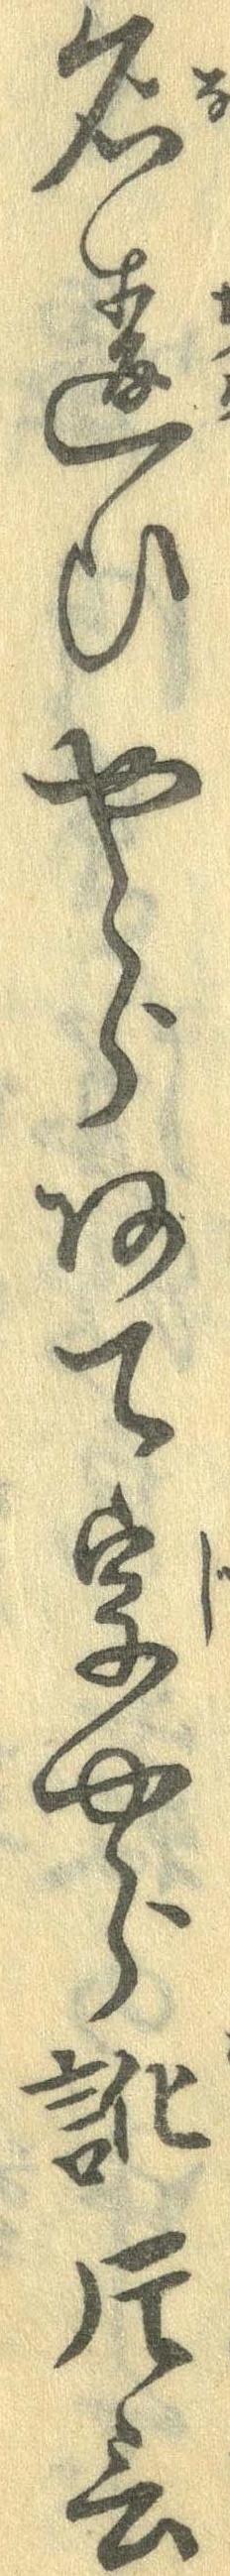
名違ひやらあて字やら訛片言